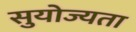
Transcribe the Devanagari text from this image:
सुयोज्यता